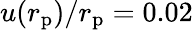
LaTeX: u(r_{\mathrm{p}})/r_{\mathrm{p}}=0.02